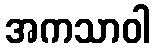
အကသာဝါ